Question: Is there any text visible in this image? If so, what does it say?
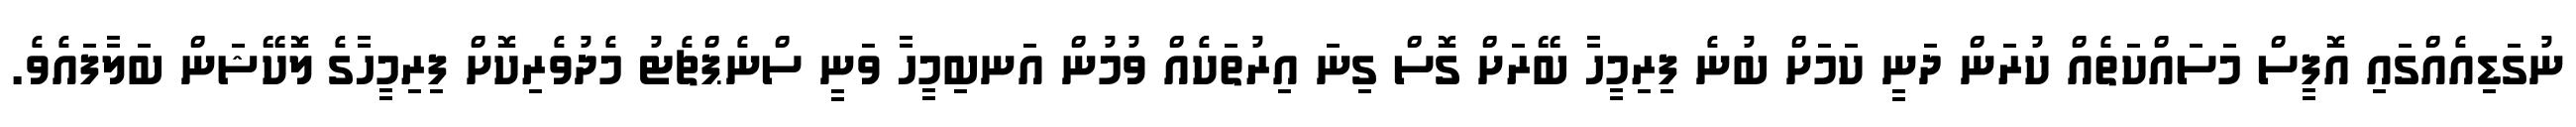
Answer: ނުގަޑިއެއްގައި އޮފީސް މަަސައްކަތެއް ކުރަން ދަނީ ކަމަށް ބުނެ ފިރިމީހާ ބޭރަށް ގޮސް ގިނަ އިރުތަކެއް ވުމުން އަނބިމީހާ ވަނީ ސްނެޕްޗެޓު މެދުވެރިކޮށް ފިރިމީހާގެ ލޮކޭޝަަން ބަލާފައެވެ.